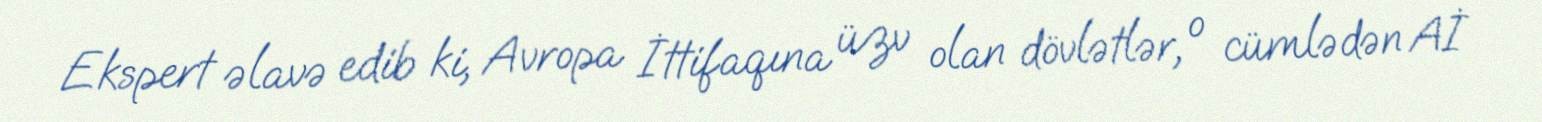
Ekspert əlavə edib ki, Avropa İttifaqına üzv olan dövlətlər, o cümlədən Aİ